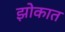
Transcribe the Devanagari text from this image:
झोकात